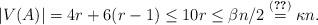
LaTeX: \begin{align*}|V(A)| = 4 r +6(r-1) \leq 10 r \leq \beta n /2 \overset{\eqref{eq:kappa-mu}}{=} \kappa n. \end{align*}